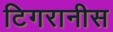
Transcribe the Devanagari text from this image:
टिगरानीस